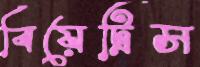
বিয়েট্রিস